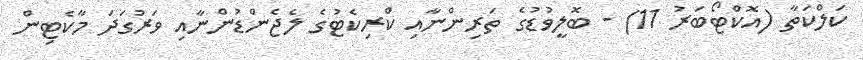
ކަލްކަތާ (އޮކްޓޯބަރު 11) - ބޮލީވުޑުގެ ތަރިންނާއި ކްރިކެޓުގެ ލެޖެންޑުންނާއި ވަރުގަދަ މާކެޓިން